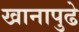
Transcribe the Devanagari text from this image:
खानापुढे